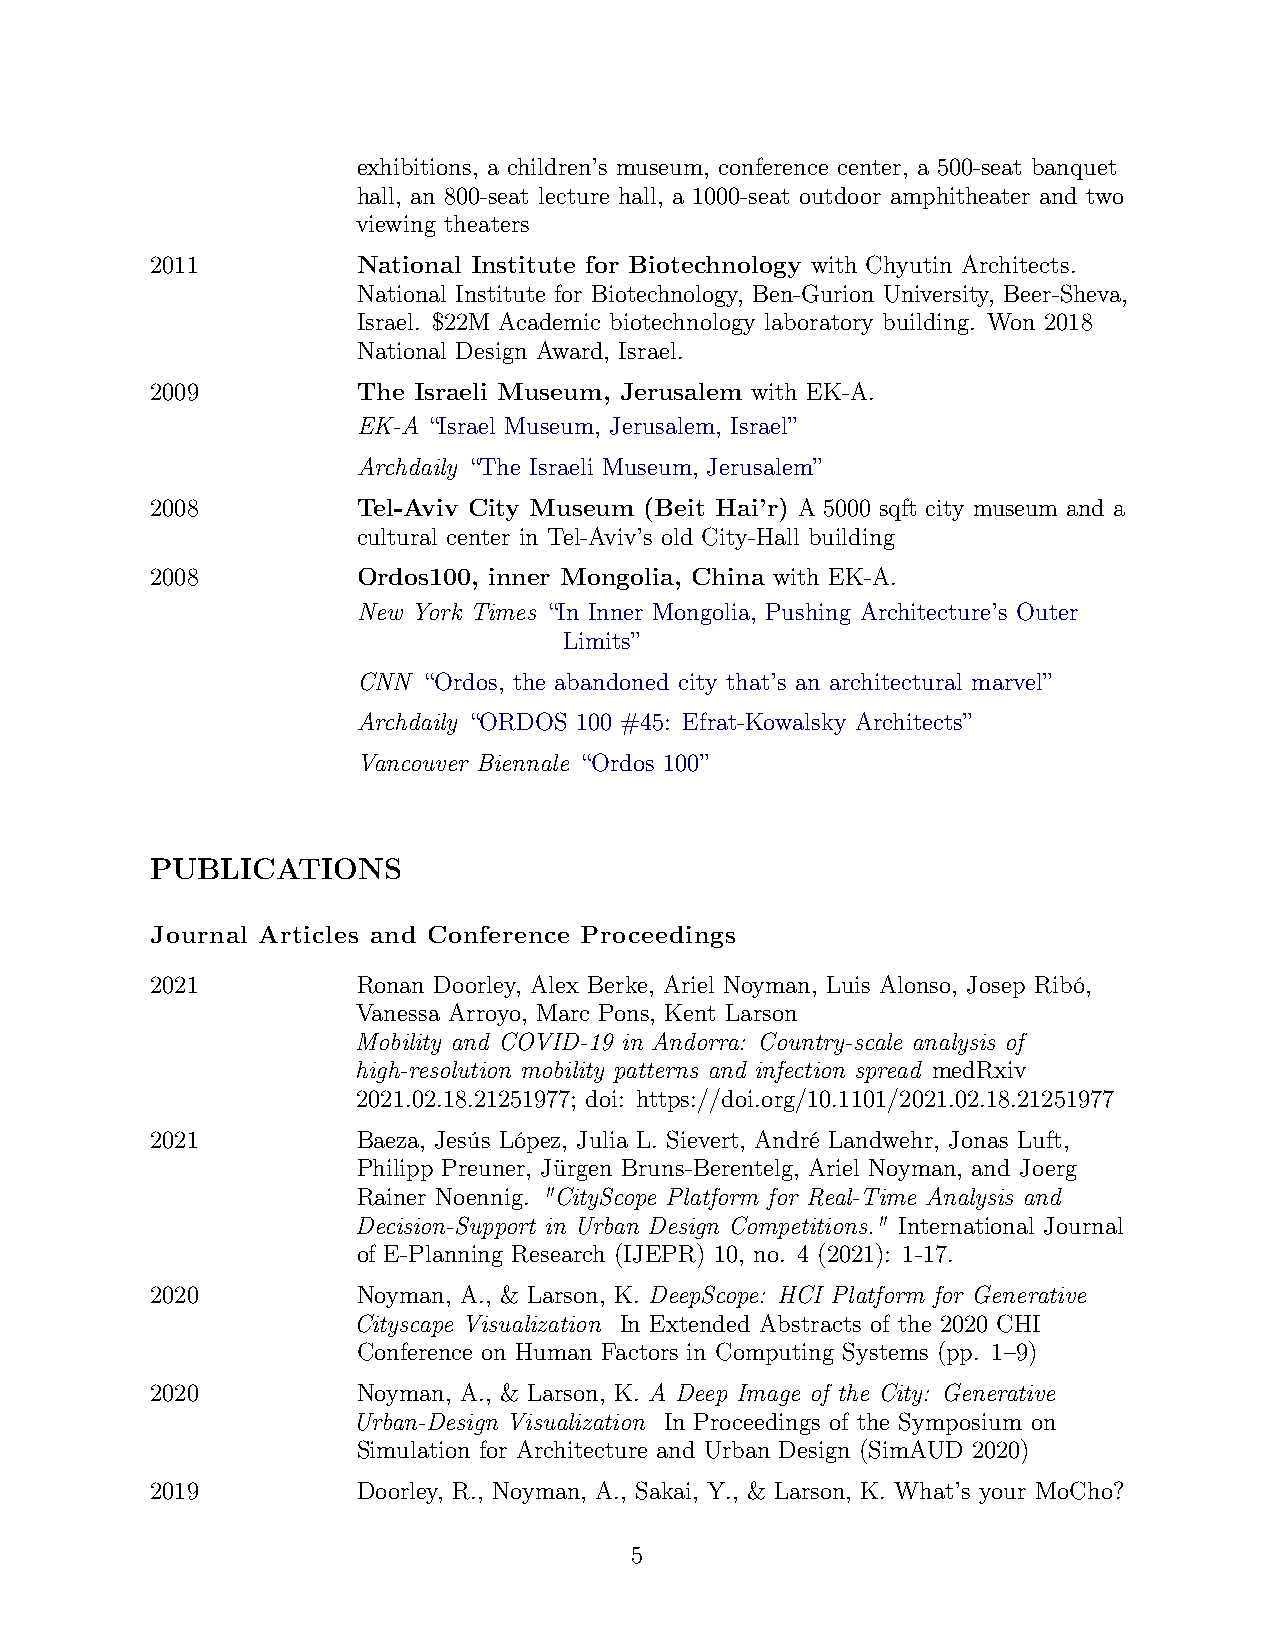
exhibitions, a children’s museum, conference center, a 500-seat banquet
 hall, an 800-seat lecture hall, a 1000-seat outdoor amphitheater and two
 viewing theaters
 2011          National Institute for Biotechnology with Chyutin Architects.
 National Institute for Biotechnology, Ben-Gurion University, Beer-Sheva,
 Israel. $22M Academic biotechnology laboratory building. Won 2018
 National Design Award, Israel.
 2009          The Israeli Museum, Jerusalem with EK-A.
 EK-A “Israel Museum, Jerusalem, Israel”
 Archdaily “The Israeli Museum, Jerusalem”
 2008          Tel-Aviv City Museum (Beit Hai’r) A 5000 sqft city museum and a
 cultural center in Tel-Aviv’s old City-Hall building
 2008          Ordos100, inner Mongolia, China with EK-A.
 New York Times “In Inner Mongolia, Pushing Architecture’s Outer
 Limits”
 CNN “Ordos, the abandoned city that’s an architectural marvel”
 Archdaily “ORDOS 100 #45: Efrat-Kowalsky Architects”
 Vancouver Biennale “Ordos 100”
 PUBLICATIONS
 Journal Articles and Conference Proceedings
 2021          Ronan Doorley, Alex Berke, Ariel Noyman, Luis Alonso, Josep Ribó,
 Vanessa Arroyo, Marc Pons, Kent Larson
 Mobility and COVID-19 in Andorra: Country-scale analysis of
 high-resolution mobility patterns and infection spread medRxiv
 2021.02.18.21251977; doi: https://doi.org/10.1101/2021.02.18.21251977
 2021          Baeza, Jesús López, Julia L. Sievert, André Landwehr, Jonas Luft,
 Philipp Preuner, Jürgen Bruns-Berentelg, Ariel Noyman, and Joerg
 Rainer Noennig. "CityScope Platform for Real-Time Analysis and
 Decision-Support in Urban Design Competitions." International Journal
 of E-Planning Research (IJEPR) 10, no. 4 (2021): 1-17.
 2020          Noyman, A., & Larson, K. DeepScope: HCI Platform for Generative
 Cityscape Visualization In Extended Abstracts of the 2020 CHI
 Conference on Human Factors in Computing Systems (pp. 1–9)
 2020          Noyman, A., & Larson, K. A Deep Image of the City: Generative
 Urban-Design Visualization In Proceedings of the Symposium on
 Simulation for Architecture and Urban Design (SimAUD 2020)
 2019          Doorley, R., Noyman, A., Sakai, Y., & Larson, K. What’s your MoCho?
 5